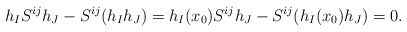
\begin{align*}h_IS^{ij}h_J-S^{ij}(h_Ih_J)=h_I(x_0)S^{ij}h_J-S^{ij}(h_I(x_0)h_J)=0.\end{align*}